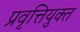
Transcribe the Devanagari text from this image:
प्रवृत्तियुक्त